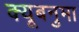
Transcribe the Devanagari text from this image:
क्यूबनुमा